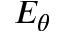
E _ { \theta }